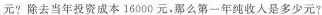
元?除去当年投资成本16000元，那么第一年纯收入是多少元?